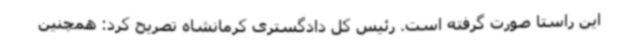
این راستا صورت گرفته است. رئیس کل دادگستری کرمانشاه تصریح کرد: همچنین